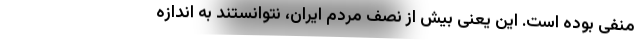
منفی بوده است. این یعنی بیش از نصف مردم ایران، نتوانستند به اندازه